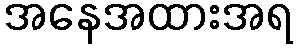
အနေအထားအရ